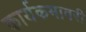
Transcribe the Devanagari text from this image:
कार्यकमावरी